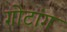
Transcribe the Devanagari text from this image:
गोटांग